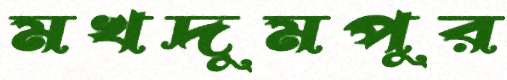
মখদুমপুর